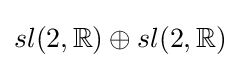
sl(2,\mathbb {R} )\oplus sl(2,\mathbb {R} )